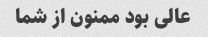
عالی بود ممنون از شما